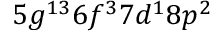
5 g ^ { 1 3 } 6 f ^ { 3 } 7 d ^ { 1 } 8 p ^ { 2 }